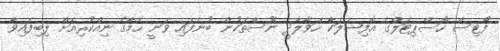
ފޯޓިސް ހޮސްޕިޓަލްގެ އޮފިޝަލަކާ ހަވާލާދީ ނޫސްތަކުން ބުނެފައި ވަނީ ހެމާގެ ނިއްކުރިއަށް ލިބިފައިވާ